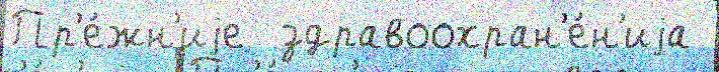
Пр'е́жн'иjе  здравоохран'е́н'иjа